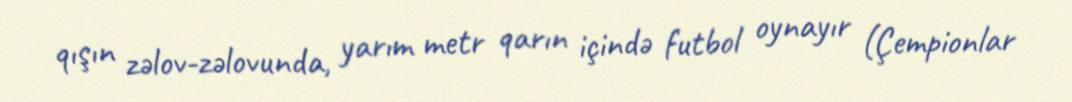
qışın zəlov-zəlovunda, yarım metr qarın içində futbol oynayır (Çempionlar